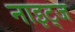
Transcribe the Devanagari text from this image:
नाइट्ज